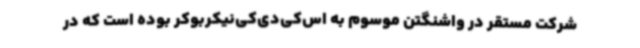
شرکت مستقر در واشنگتن موسوم به اس‌کی‌دی‌کی‌نیکربوکر بوده است که در